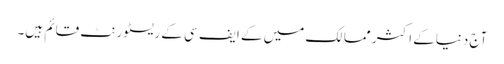
آج دنیاکے اکثر ممالک میں کے ایف سی کے ریسٹورنٹ قائم ہیں۔